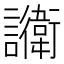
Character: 𬣔